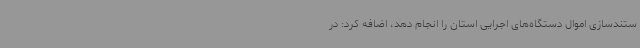
ستندسازی اموال دستگاه‌های اجرایی استان را انجام دهد، اضافه کرد: در